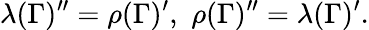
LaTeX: \lambda(\Gamma)^{\prime\prime}=\rho(\Gamma)^{\prime},\, \, \rho(\Gamma)^{\prime\prime}=\lambda(\Gamma)^{\prime}.